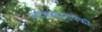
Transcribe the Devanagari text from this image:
नाटककारांपैकी